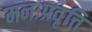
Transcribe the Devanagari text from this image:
मनःप्रवृत्ति